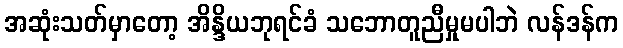
အဆုံးသတ်မှာတော့ အိန္ဒိယဘုရင်ခံ သဘောတူညီမှုမပါဘဲ လန်ဒန်က